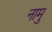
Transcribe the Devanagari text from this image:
नामु